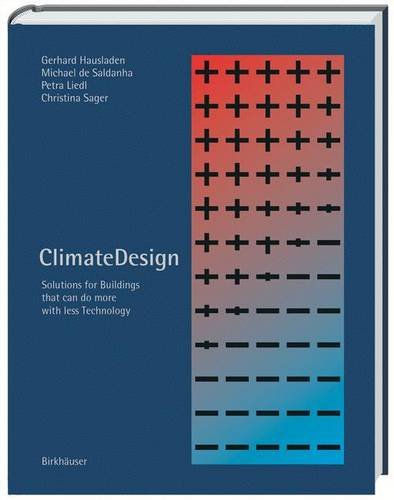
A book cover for ClimateDesign; Gerhard Hausladen; Crafts, Hobbies & Home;